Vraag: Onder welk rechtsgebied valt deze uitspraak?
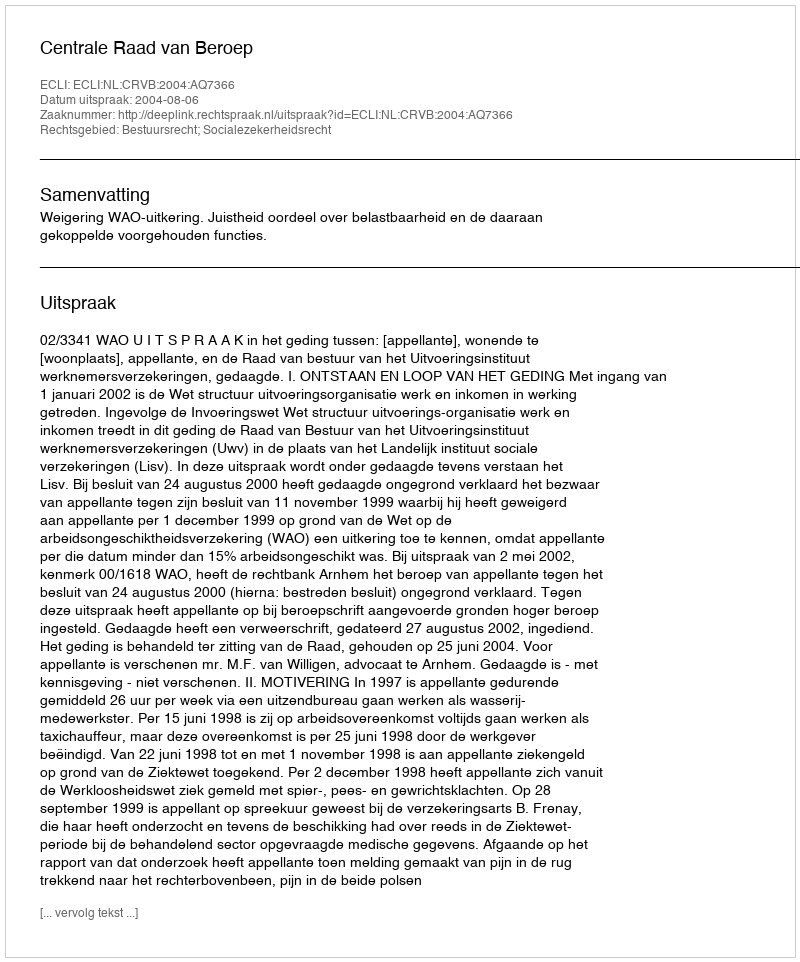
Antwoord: Bestuursrecht; Socialezekerheidsrecht